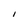
Character: I